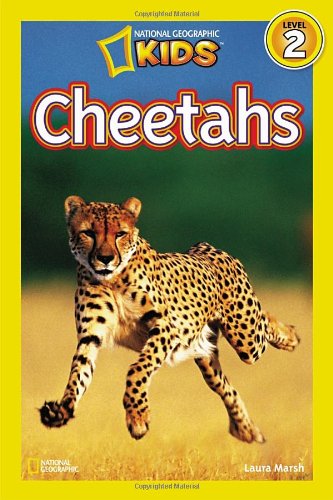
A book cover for National Geographic Readers: Cheetahs; Laura Marsh; Children's Books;